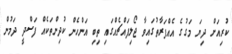
ކުރިއަށް ދިޔަ މަގުގެ އެއްފަރާތުގައިވާ ޖޯލިފައްޗެއްގައި ތިބި އަންހެން ކުދިންތަކެއް ފަސްދީ ދަމުން